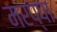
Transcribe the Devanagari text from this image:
मरप्पा